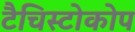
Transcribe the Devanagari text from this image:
टैचिस्टोकोप